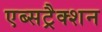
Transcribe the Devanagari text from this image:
एब्सट्रैक्शन